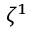
\zeta ^ { 1 }